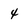
Character: 4